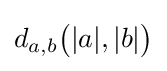
d_{a,b}{\big (}|a|,|b|{\big )}